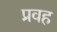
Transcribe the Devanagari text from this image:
प्रवह